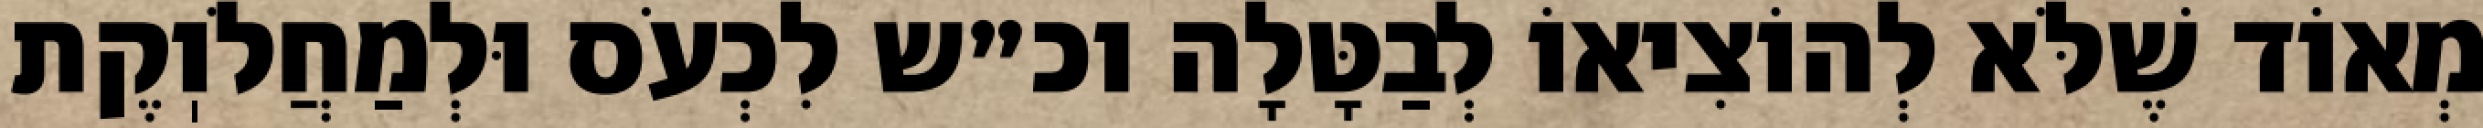
מְאוֹד שֶׁלֹּא לְהוֹצִיאוֹ לְבַטָּלָה וכ״ש לִכְעֹס וּלְמַחֲלֹוֽקֶת